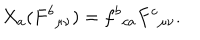
LaTeX: X _ { a } ( F ^ { b } { } _ { \mu \nu } ) = f ^ { b } { } _ { c a } F ^ { c } { } _ { \mu \nu } .